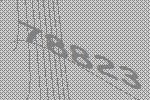
78823